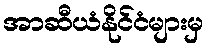
အာဆီယံနိုင်ငံများမှ